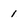
Character: 1